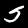
Digit: 5